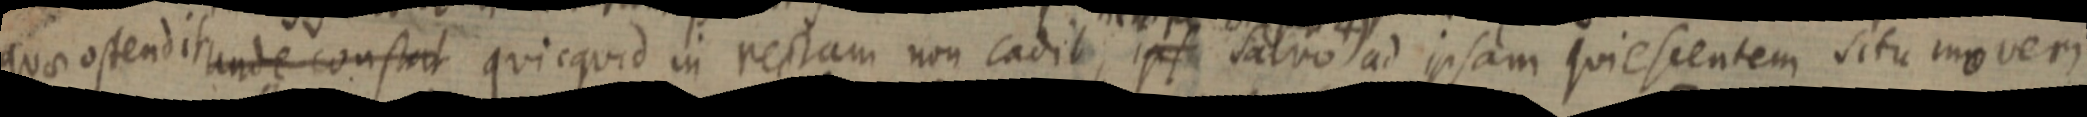
quae ostendit unde constert quicquid in rectam non cadit, ips salvo ad ipsam quiesentem situ moveri